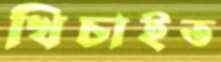
খিচাইত